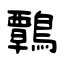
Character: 鷣